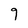
Character: 9